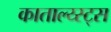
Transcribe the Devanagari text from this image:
काताल्य्स्ट्स